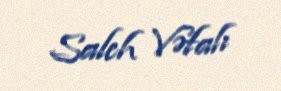
Saleh Vəfalı